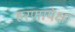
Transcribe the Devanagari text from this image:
हरणापेक्षा